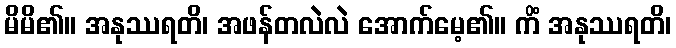
မိမိ၏။ အနုဿရတိ၊ အဖန်တလဲလဲ အောက်မေ့၏။ ကိံ အနုဿရတိ၊